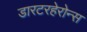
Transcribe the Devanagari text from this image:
डारटरहेरोन्स